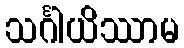
သင်္ဂါယိဿာမ